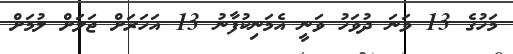
މަހުގެ 13 ވަނަ ދުވަހު ވަނީ އެމަނިކުފާނު 13 އަހަރަށް ޖަލަށް ލުމަށް